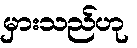
မှားသည်ဟု